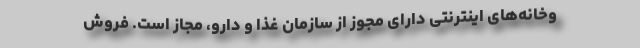
وخانه‌های اینترنتی دارای مجوز از سازمان غذا و دارو، مجاز است. فروش